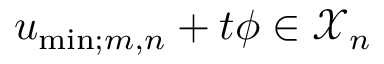
u _ { \mathrm { m i n } ; m , n } + t \phi \in \mathcal X _ { n }